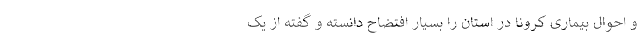
و احوال بیماری کرونا در استان را بسیار افتضاح دانسته و گفته از یک